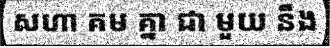
សហា គម គ្នា ជា មួយ នឹង